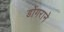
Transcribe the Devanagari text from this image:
डोंगराने